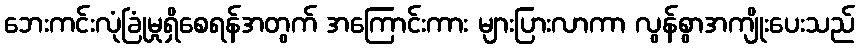
ဘေးကင်းလုံခြုံမှုရှိစေရန်အတွက် အကြောင်းကား များပြားလာကာ လွန်စွာအကျိုးပေးသည်